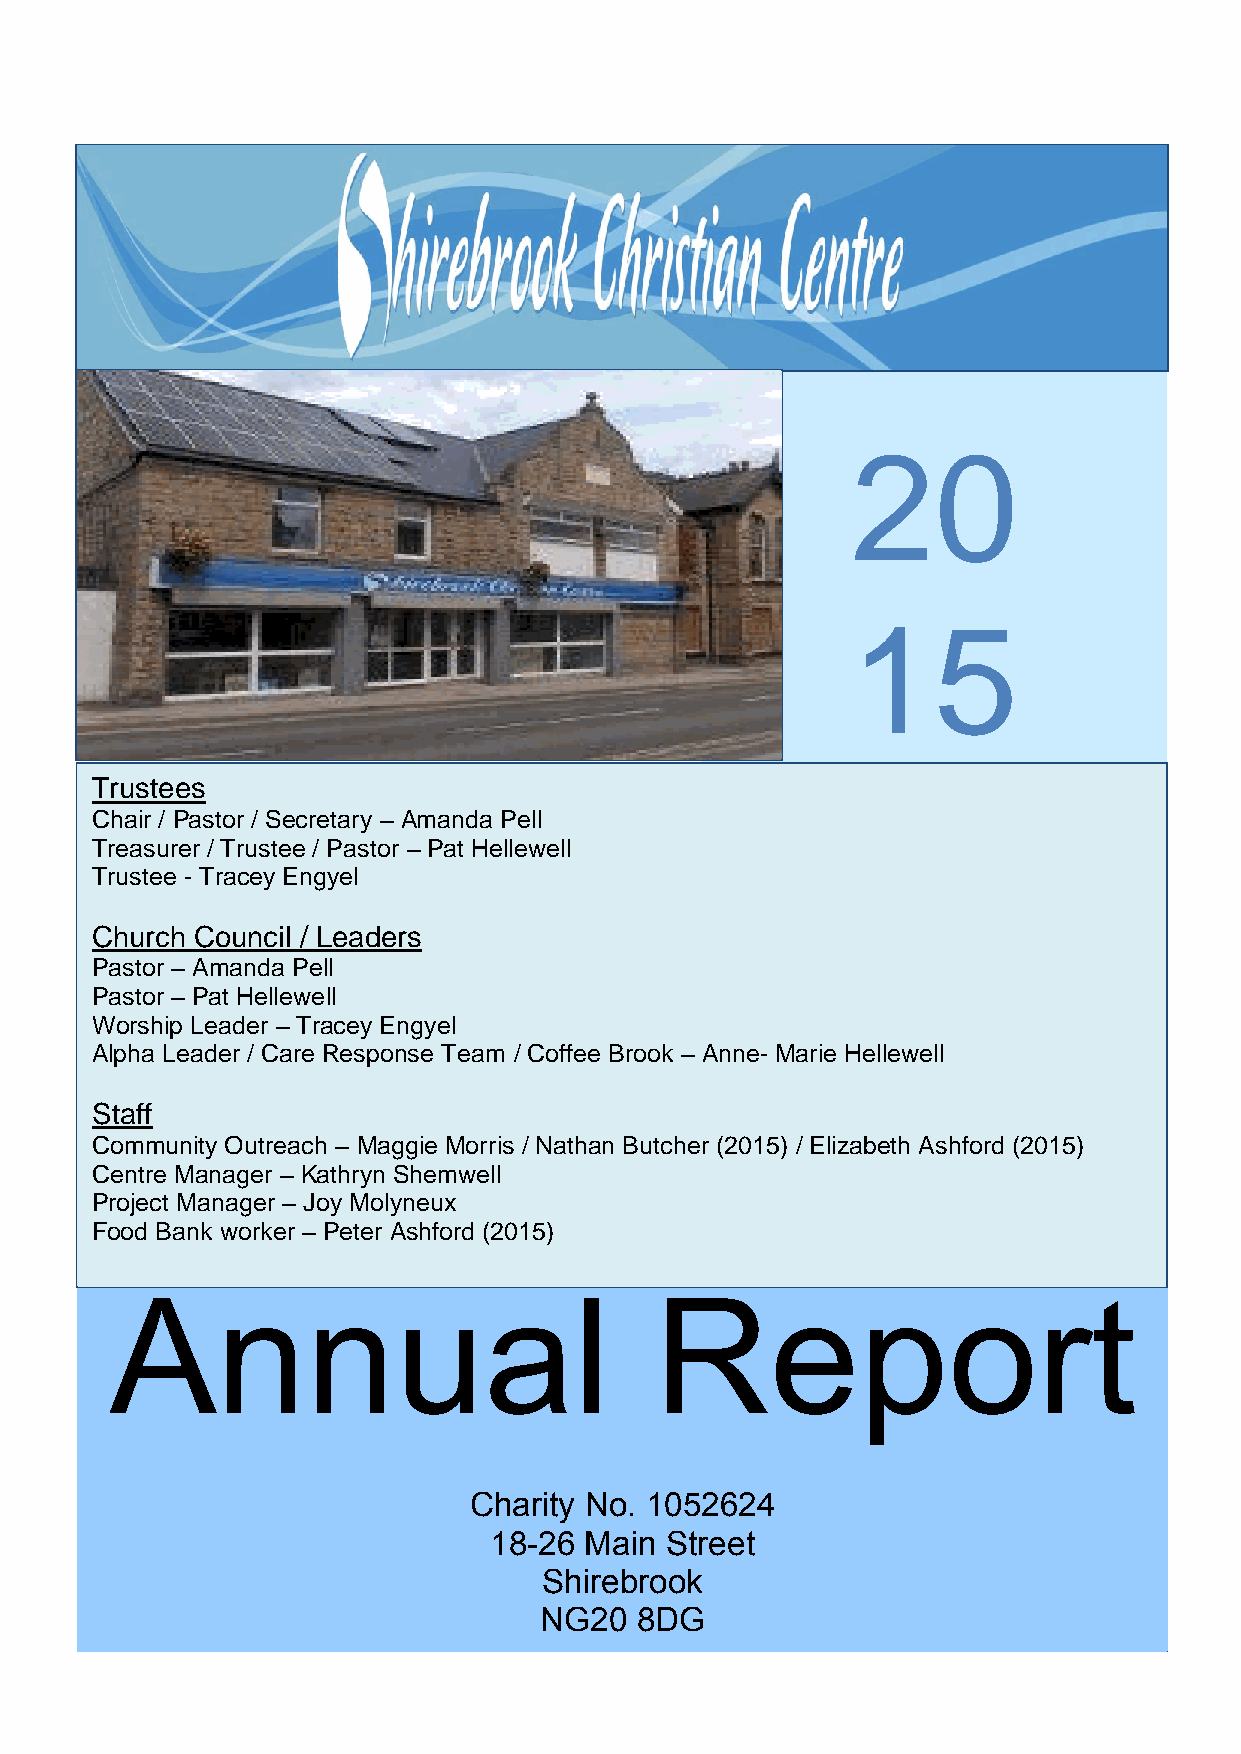
20
 15
 Trustees
 Chair / Pastor / Secretary – Amanda Pell
 Treasurer / Trustee / Pastor – Pat Hellewell
 Trustee - Tracey Engyel
 Church Council / Leaders
 Pastor – Amanda Pell
 Pastor – Pat Hellewell
 Worship Leader – Tracey Engyel
 Alpha Leader / Care Response Team / Coffee Brook – Anne- Marie Hellewell
 Staff
 Community Outreach – Maggie Morris / Nathan Butcher (2015) / Elizabeth Ashford (2015)
 Centre Manager – Kathryn Shemwell
 Project Manager – Joy Molyneux
 Food Bank worker – Peter Ashford (2015)
 A      nnual                        Report
 Charity No. 1052624
 18-26  Main Street
 Shirebrook
 NG20  8DG